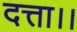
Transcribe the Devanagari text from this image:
दत्ता।।